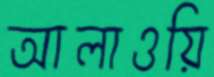
আলাওয়ি